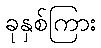
ခုနှစ်ကြား